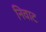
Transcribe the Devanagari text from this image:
निवाट